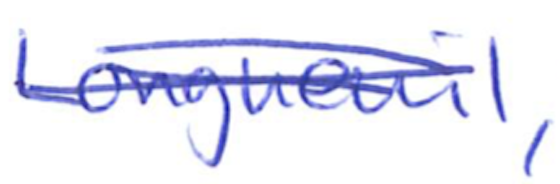
Text: Longueuil,
Cross-out: mix
Writing tool: ballpoint